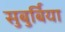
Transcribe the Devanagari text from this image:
सुबुर्बिया